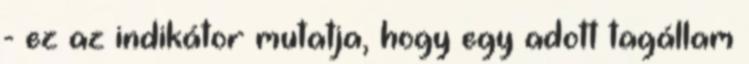
- ez az indikátor mutatja, hogy egy adott tagállam